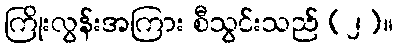
ကြိုးလွန်းအကြား စီသွင်းသည် (၂)။